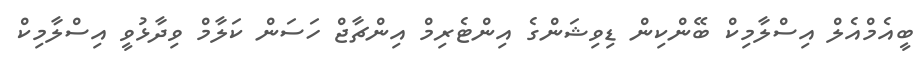
ބީއެމްއެލް އިސްލާމިކް ބޭންކިން ޑިވިޝަންގެ އިންޓެރިމް އިންޗާޖް ހަސަން ކަލާމް ވިދާޅުވީ އިސްލާމިކް